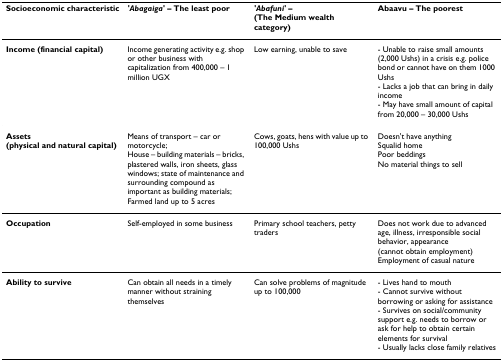
| Socioeconomic characteristic | 'Abagaiga' – The least poor | 'Abafuni' – (The Medium wealth category) | Abaavu – The poorest |
 | --- | --- | --- | --- |
 | Income (financial capital) | Income generating activity e.g. shop or other business with capitalization from 400,000 – 1 million UGX | Low earning, unable to save | - Unable to raise small amounts (2,000 Ushs) in a crisis e.g. police bond or cannot have on them 1000 Ushs- Lacks a job that can bring in daily income- May have small amount of capital from 20,000 – 30,000 Ushs |
 | Assets(physical and natural capital) | Means of transport – car or motorcycle;House – building materials – bricks, plastered walls, iron sheets, glass windows; state of maintenance and surrounding compound as important as building materials;Farmed land up to 5 acres | Cows, goats, hens with value up to 100,000 Ushs | Doesn't have anythingSqualid homePoor beddingsNo material things to sell |
 | Occupation | Self-employed in some business | Primary school teachers, petty traders | Does not work due to advanced age, illness, irresponsible social behavior, appearance (cannot obtain employment)Employment of casual nature |
 | Ability to survive | Can obtain all needs in a timely manner without straining themselves | Can solve problems of magnitude up to 100,000 | - Lives hand to mouth- Cannot survive without borrowing or asking for assistance- Survives on social/community support e.g. needs to borrow or ask for help to obtain certain elements for survival- Usually lacks close family relatives |